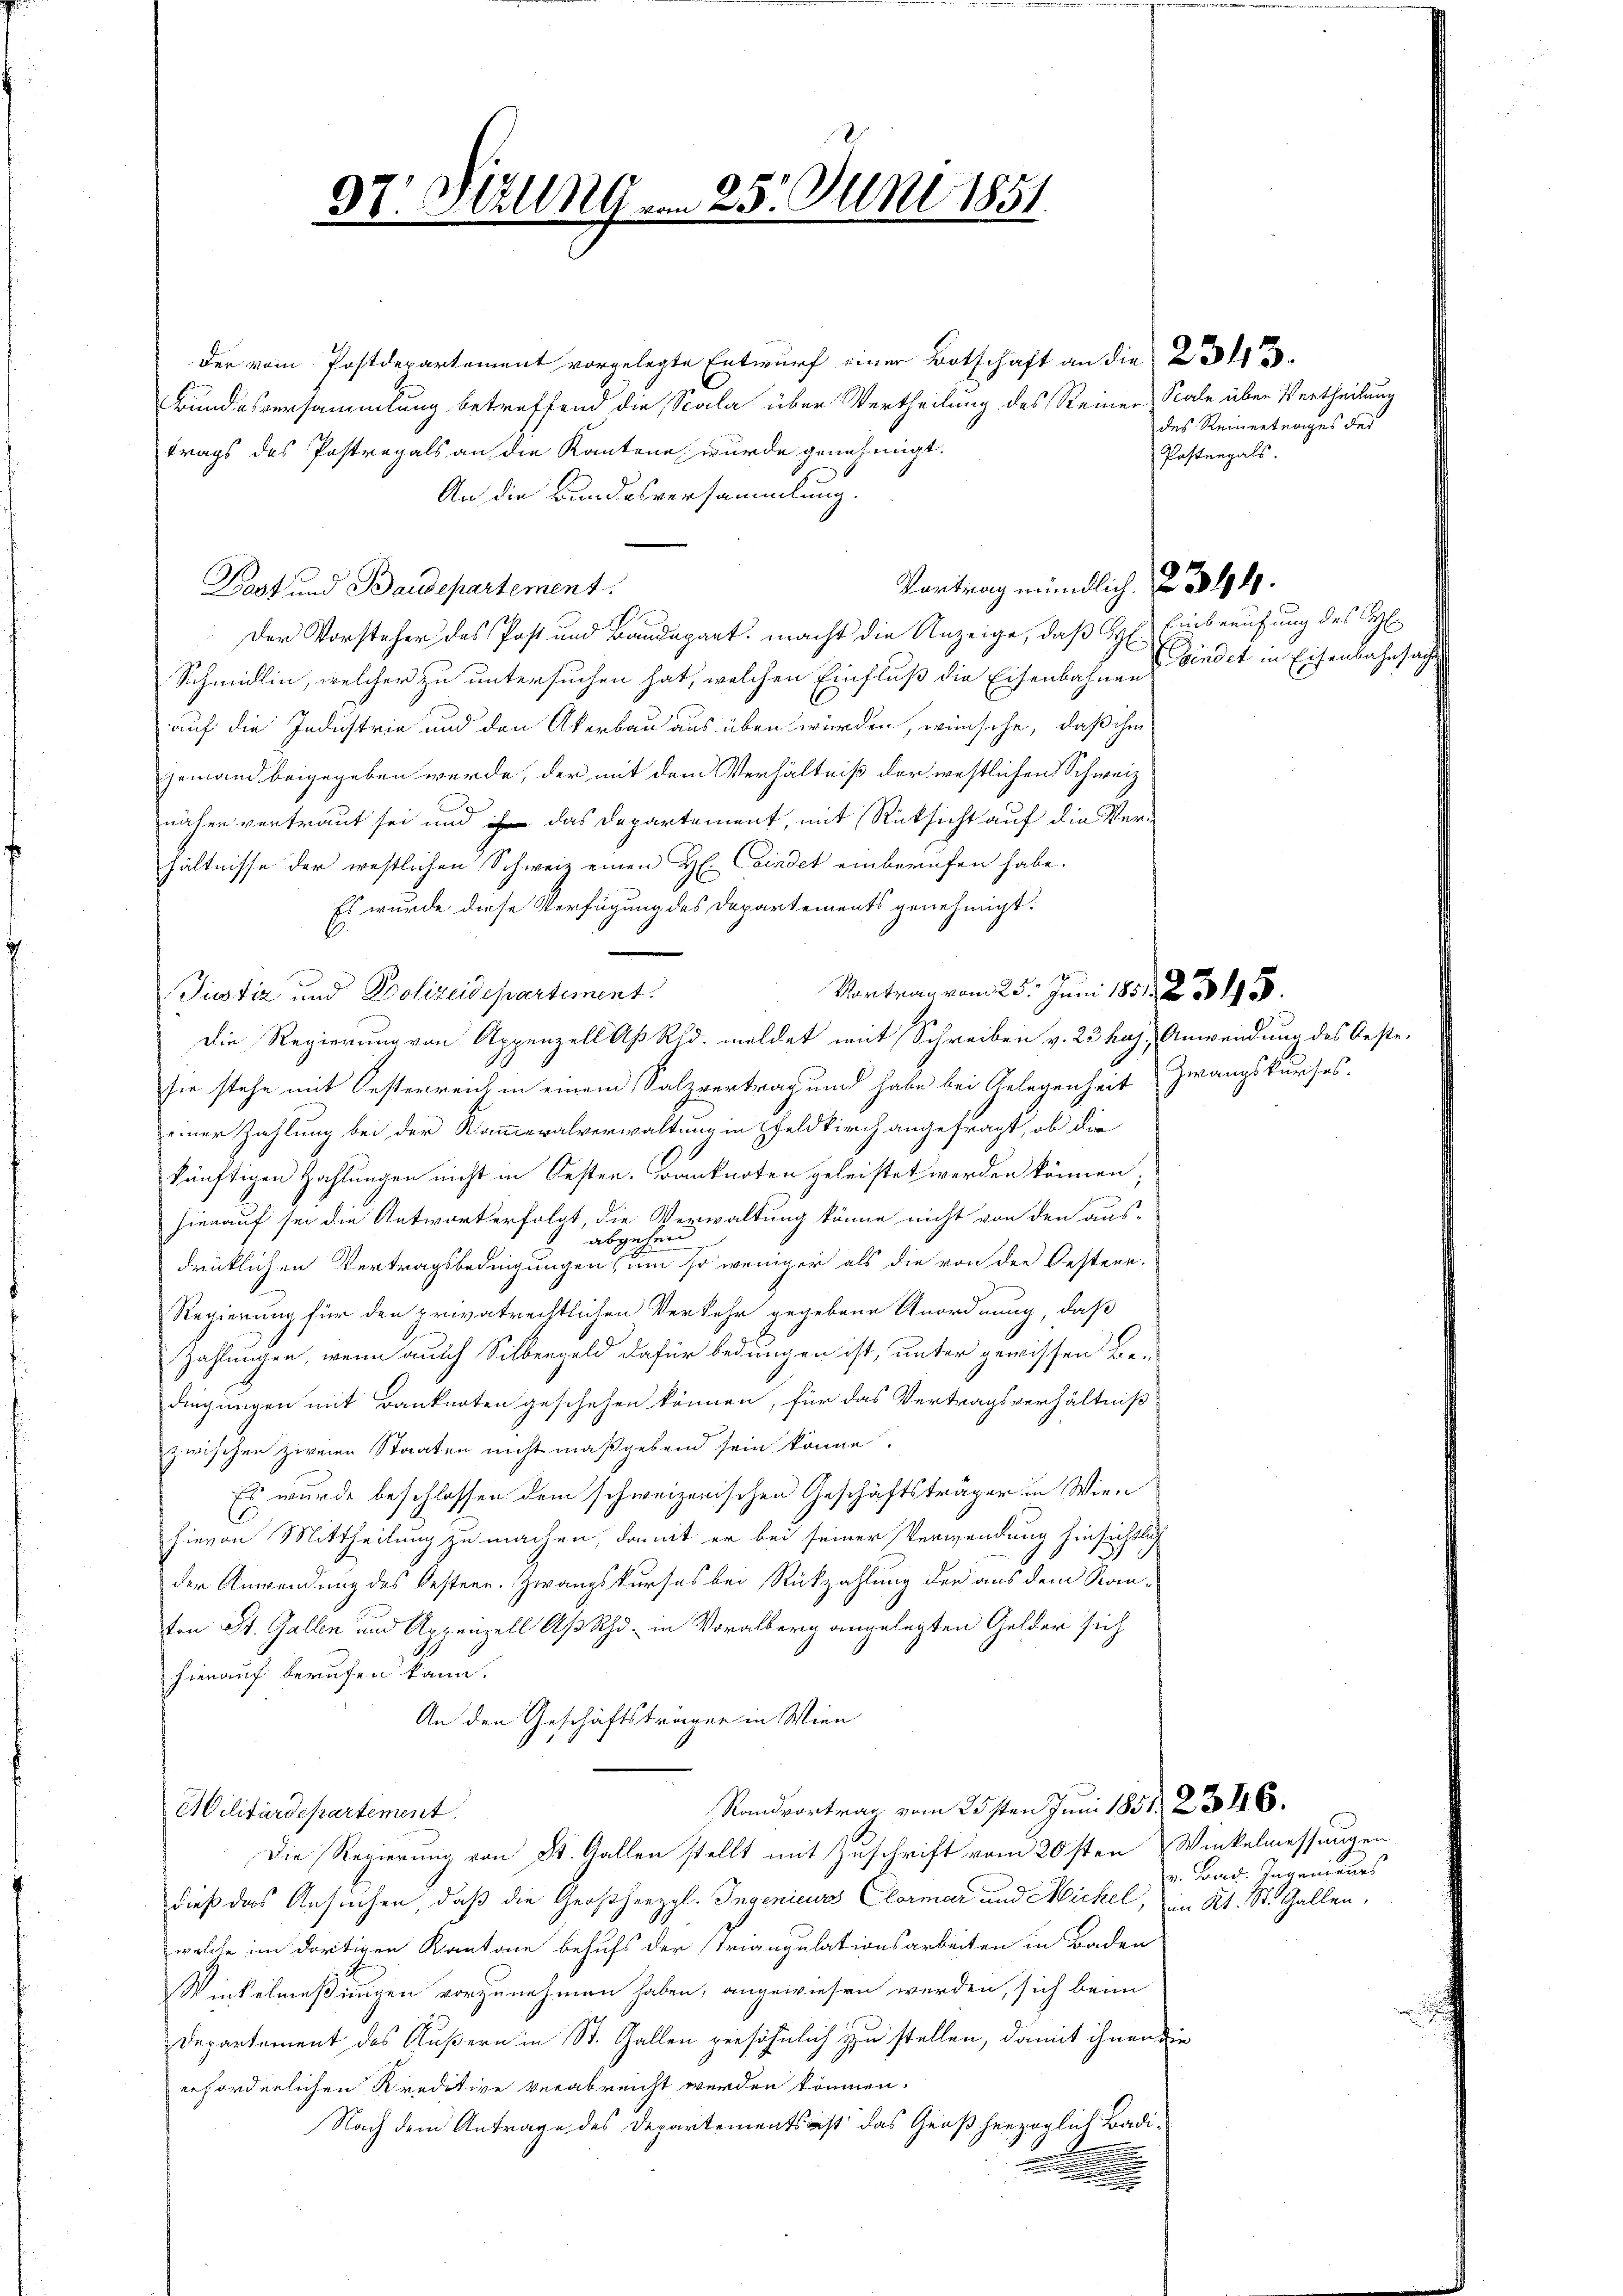
der vom Postdepartement vorgelegte Entwurf einer Botschaft an die
Bundesversammlung betreffend die Scala über Vertheilung des Reiner Sale über Vertheilung
trags des Postregals an die Kantone wurde genehmigt.
An die Bundesversammlung.
Dost und Baudepartement
1
Der Vorsteher des Post und Baudepart, macht die Anzeige, daß Se. Einberufung des H
Schmidlin, welcher zu untersuchen hat, welchen Einfluß die Eisenbahnen Bindet in Eisenbahnsach
auf die Industrie und den Akerbau aus üben würden, wünsche, daß ihm
jemand beigegeben werde, der mit dem Verhältniß der westlichen Schweiz
näher vertraut sei und das Departement, mit Rücksicht auf die Verhältnisse der westlichen Schweiz einen H. Caindet einberufen habe.
Es wurde diese Verfügung des Departements genehmigt.
Justiz und Polizeidepartement.
Die Regierung von Appenzell Aß Rud. meldet mit Schreiben v. 23 haj. Anwendung des Oeste
sie stehe mit Oesterreich in einem Salzvertrag und habe bei Gelegenheit Zwangskurses.
einer Zahlung bei der Kammeralverwaltung in Geldkirch angefragt, ob die
künftigen Zahlungen nicht in Oesten. Banknoten geleistet werden können;
hierauf sei die Antwort erfolgt, die Verwaltung könne nicht von den aus-
abgehen
drüklichen Vertragsbedingungen um so weniger als die von der Oestere.
Regierung für den privatrechtlichen Verkehr gegebene Anordnung, daß
Zahlungen, wenn auch Silbergeld dafür bedungen ist, unter gewissen Be-
dingungen mit Banknoten geschehen können, für das Vertragsverhältniß
zwischen zweien Staaten nicht maßgebend sein könne.
Es wurde beschlossen dem schweizerischen Geschäftsträger in Wien
hievon Mittheilung zu machen, damit er bei seiner Verwendung hinsichtlich
der Anwendung des Oestern. Zwangskurses bei Rückzahlung der aus dem Kan¬
Von St. Gallen und Appenzell Aß Rh. in Voralberg angelegten Gelder sich
hierauf berufen kann.
An den Geschäftsträger in Wien
Randvortrag vom 25sten Juni 1851. 23. 116.
Militärdepartement.
Die Regierung von St. Gallen stellt mit Zuschrift vom 20sten Winkelmessungen
dieß das Ansuchen, daß die Großherzgl. Ingenieurs Chormar und Michel, im Kt. St. Gallen,
welche im dortigen Kantone behufs der striangulationsarbeiten in Baden
Winkelmeßingen vorzunehmen haben, angewiesen werden, sich beim
Departement des Äußern in St. Gallen persöhnlich zu stellen, damit ihnen die
erforderlichen Kreditive verabreicht werden können.
Nach dem Antrage des Departements ist das Großherzoglich Badin

37. Stzung.

25. Juni 1851

Vortrag vom 25. Juni 1851. 2. 31955.

Vortrag mündlich. 2. 394.

des Reinertrages des
Postenzals.

v. Band. Ingenieurs